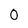
Character: 0